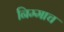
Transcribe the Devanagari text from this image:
निम्माच